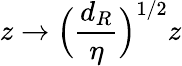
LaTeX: z\rightarrow\Big(\frac{d_{R}}{\eta}\Big)^{1/2}z